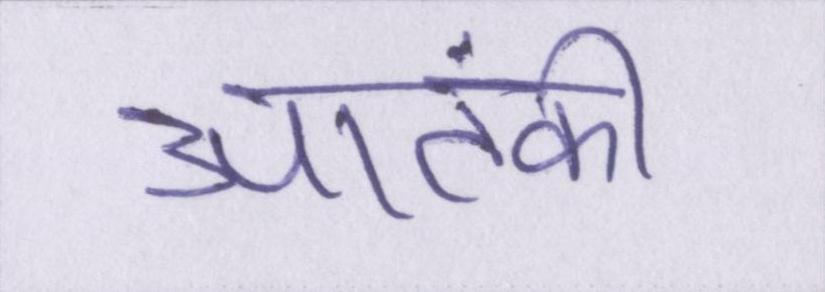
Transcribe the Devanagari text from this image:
आतंकी